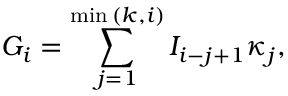
G _ { i } = \sum _ { j = 1 } ^ { \operatorname* { m i n } { ( k , i ) } } I _ { i - j + 1 } \kappa _ { j } ,